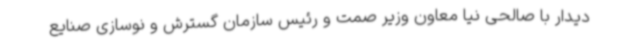
دیدار با صالحی نیا معاون وزیر صمت و رئیس سازمان گسترش و نوسازی صنایع